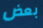
بعض